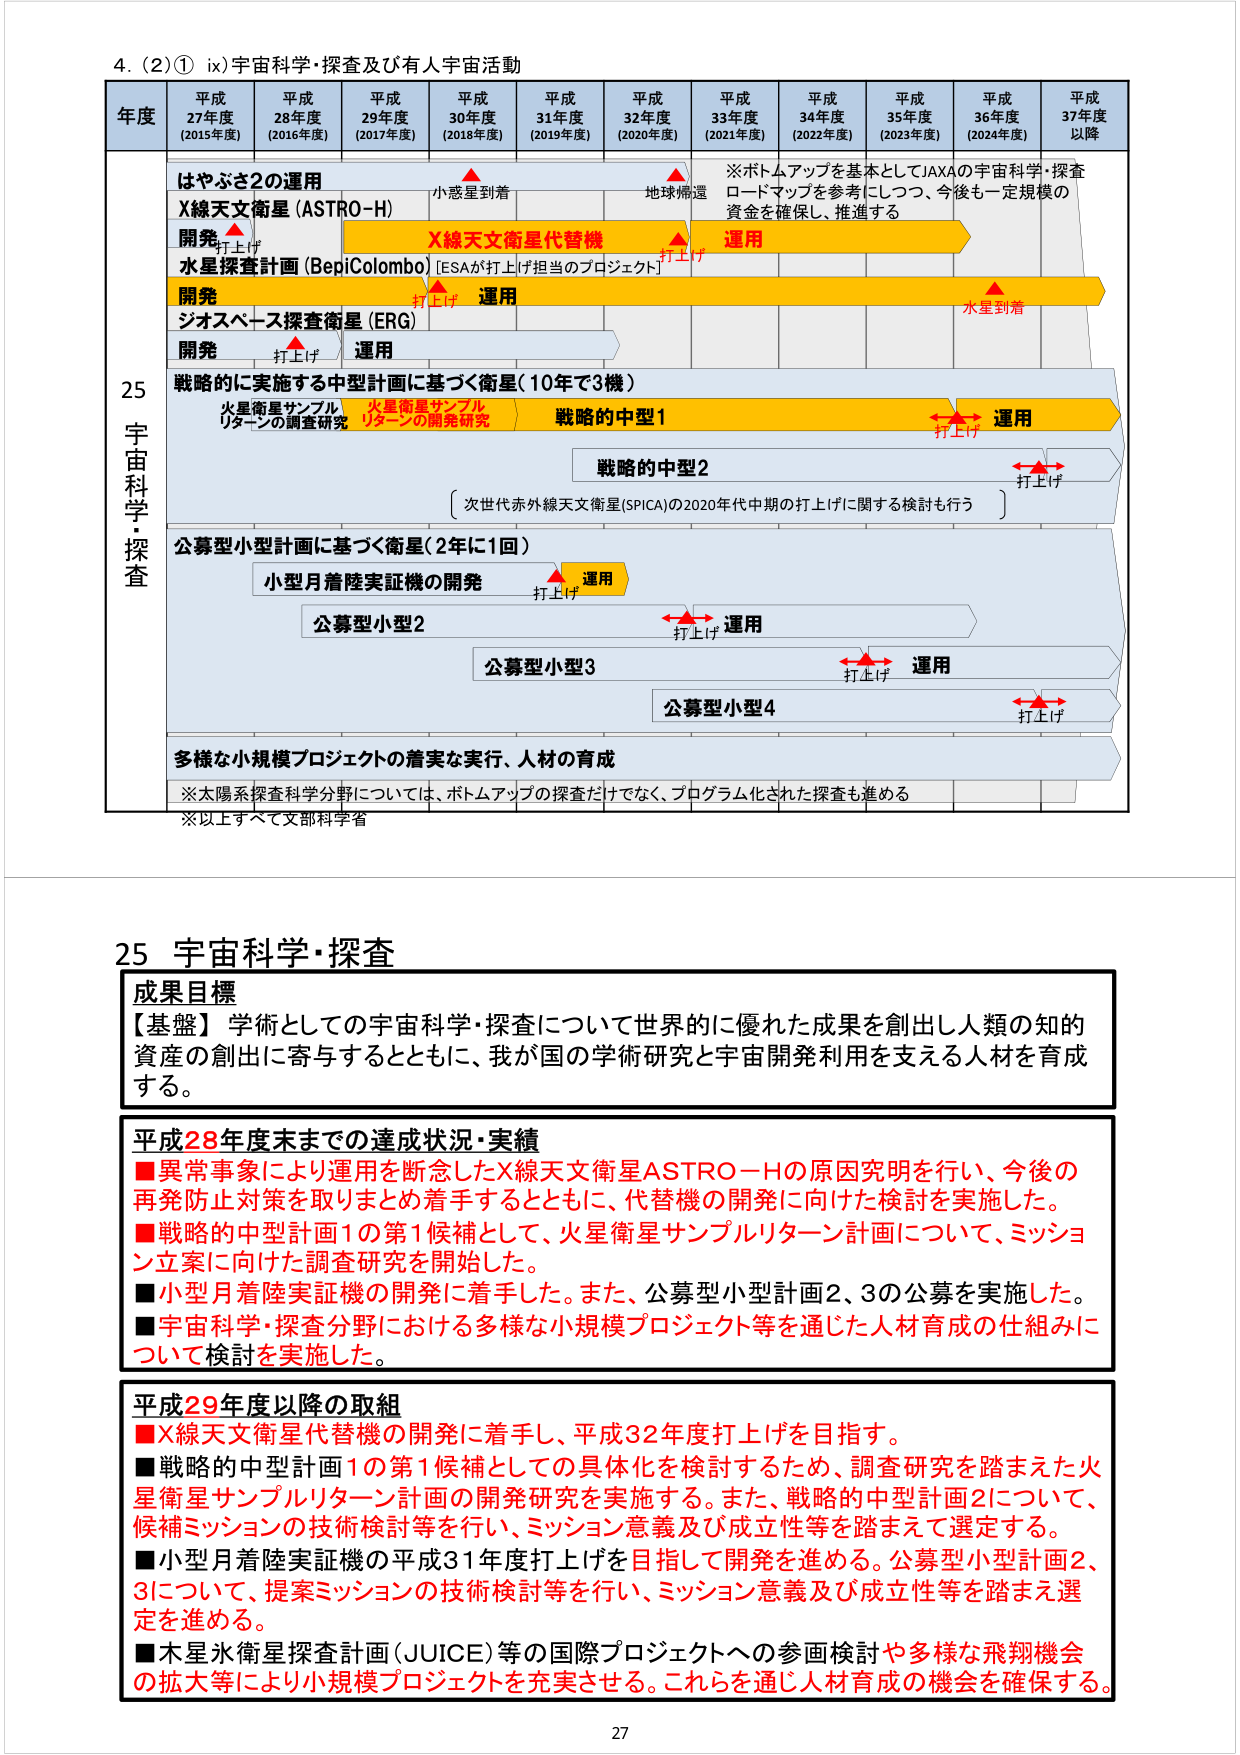
4. (2)① ix) 宇宙科学・探査及び有人宇宙活動

年度 平成27年度 (2015年度) 平成28年度 (2016年度) 平成29年度 (2017年度) 平成30年度 (2018年度) 平成31年度 (2019年度) 平成32年度 (2020年度) 平成33年度 (2021年度) 平成34年度 (2022年度) 平成35年度 (2023年度) 平成36年度 (2024年度) 平成37年度以降

はやぶさ2の運用
X線天文衛星 (ASTRO-H)
開発 打上げ
水星探査計画 (BepiColombo) [ESAが打上げ担当のプロジェクト]
開発 打上げ 運用
ジオスペース探査衛星 (ERG)
開発 打上げ 運用

戦略的に実施する中型計画に基づく衛星（10年で3機）
火星衛星サンプルリターンの調査研究 火星衛星サンプルリターンの開発研究 戦略的中型1
打上げ 運用
戦略的中型2
[次世代赤外線天文衛星(SPICA)の2020年代中期の打上げに関する検討も行う]
打上げ

公募型小型計画に基づく衛星（2年に1回）
小型月着陸実証機の開発 打上げ 運用
公募型小型2
打上げ 運用
公募型小型3
打上げ 運用
公募型小型4
打上げ

多様な小規模プロジェクトの着実な実行、人材の育成
※太陽系探査科学分野については、ボトムアップの探査だけでなく、プログラム化された探査も進める
※以上すべて文部科学省

25 宇宙科学・探査

成果目標
【基盤】学術としての宇宙科学・探査について世界的に優れた成果を創出し人類の知的資産の創出に寄与するとともに、我が国の学術研究と宇宙開発利用を支える人材を育成する。

平成28年度末までの達成状況・実績
■異常事象により運用を断念したX線天文衛星ASTRO-Hの原因究明を行い、今後の再発防止対策を取りまとめ着手するとともに、代替機の開発に向けた検討を実施した。
■戦略的中型計画1の第1候補として、火星衛星サンプルリターン計画について、ミッション立案に向けた調査研究を開始した。
■小型月着陸実証機の開発に着手した。また、公募型小型計画2、3の公募を実施した。
■宇宙科学・探査分野における多様な小規模プロジェクト等を通じた人材育成の仕組みについて検討を実施した。

平成29年度以降の取組
■X線天文衛星代替機の開発に着手し、平成32年度打上げを目指す。
■戦略的中型計画1の第1候補としての具体化を検討するため、調査研究を踏まえた火星衛星サンプルリターン計画の開発研究を実施する。また、戦略的中型計画2について、候補ミッションの技術検討等を行い、ミッション意義及び成立性等を踏まえて選定する。
■小型月着陸実証機の平成31年度打上げを目指して開発を進める。公募型小型計画2、3について、提案ミッションの技術検討等を行い、ミッション意義及び成立性等を踏まえ選定を進める。
■木星水衛星探査計画(JUICE)等の国際プロジェクトへの参画検討や多様な飛翔機会の拡大等により小規模プロジェクトを充実させる。これらを通じ人材育成の機会を確保する。

27